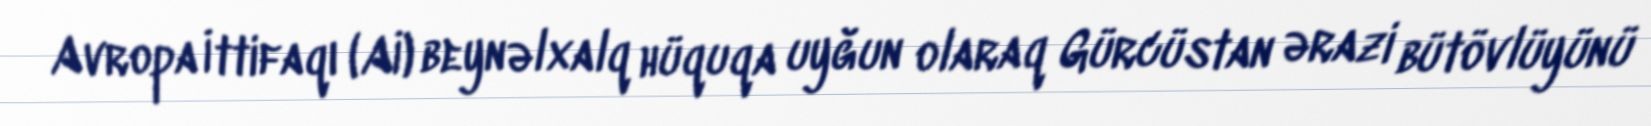
Avropa İttifaqı (Aİ) beynəlxalq hüquqa uyğun olaraq Gürcüstan ərazi bütövlüyünü